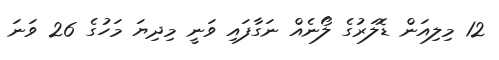
12 މިލިއަން ޑޮލަރުގެ ލޯނެއް ނަގާފައި ވަނީ މިދިޔަ މަހުގެ 26 ވަނަ